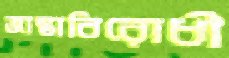
জান্তাবিরোধী